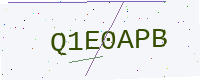
Text: Q1E0APB